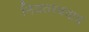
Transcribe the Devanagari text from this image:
नियतत्त्ववाद